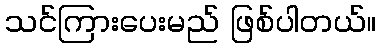
သင်ကြားပေးမည် ဖြစ်ပါတယ်။